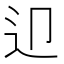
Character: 𨑏